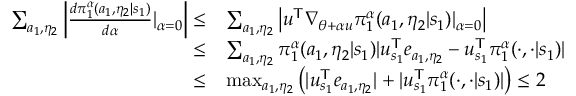
\begin{array} { r l } { \sum _ { a _ { 1 } , \eta _ { 2 } } \left| \frac { d \pi _ { 1 } ^ { \alpha } ( a _ { 1 } , \eta _ { 2 } | s _ { 1 } ) } { d \alpha } | _ { \alpha = 0 } \right| \le } & { \sum _ { a _ { 1 } , \eta _ { 2 } } \left| u ^ { \mathsf T } \nabla _ { \theta + \alpha u } \pi _ { 1 } ^ { \alpha } ( a _ { 1 } , \eta _ { 2 } | s _ { 1 } ) | _ { \alpha = 0 } \right| } \\ { \le } & { \sum _ { a _ { 1 } , \eta _ { 2 } } \pi _ { 1 } ^ { \alpha } ( a _ { 1 } , \eta _ { 2 } | s _ { 1 } ) | u _ { s _ { 1 } } ^ { \mathsf T } e _ { a _ { 1 } , \eta _ { 2 } } - u _ { s _ { 1 } } ^ { \mathsf T } \pi _ { 1 } ^ { \alpha } ( \cdot , \cdot | s _ { 1 } ) | } \\ { \le } & { \operatorname* { m a x } _ { a _ { 1 } , \eta _ { 2 } } \left( | u _ { s _ { 1 } } ^ { \mathsf T } e _ { a _ { 1 } , \eta _ { 2 } } | + | u _ { s _ { 1 } } ^ { \mathsf T } \pi _ { 1 } ^ { \alpha } ( \cdot , \cdot | s _ { 1 } ) | \right) \le 2 } \end{array}